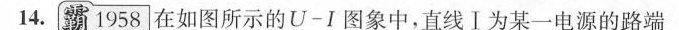
14.霸1958]在如图所示的U-I图象中，直线Ⅰ为某一电源的路端